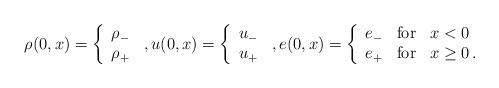
LaTeX: \begin{align*}\rho(0,x)=\left\{\begin{array}{c}\rho_-\\\rho_+\end{array}\right.\,,u(0,x)=\left\{\begin{array}{c}u_-\\u_+\end{array}\right.\,,e(0,x)=\left\{\begin{array}{ccl}e_-&\mbox{for}&x<0\\e_+&\mbox{for}&x\ge0\,.\end{array}\right.\end{align*}